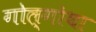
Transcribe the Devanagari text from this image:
गोल्गोथा